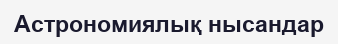
Астрономиялық нысандар